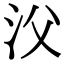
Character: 㳇